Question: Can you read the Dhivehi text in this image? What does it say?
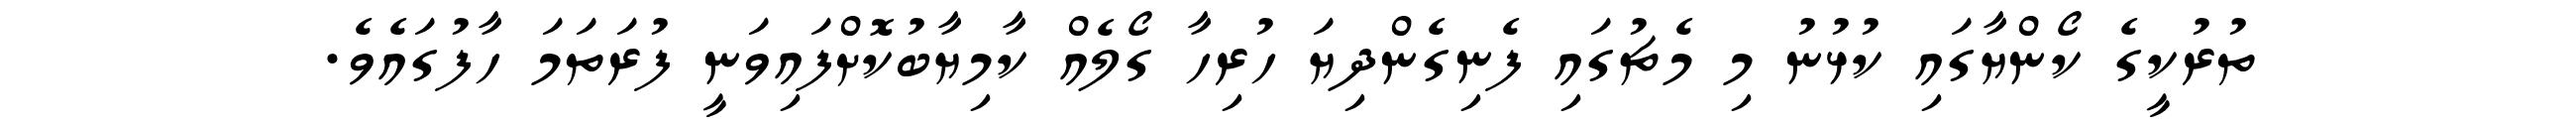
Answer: ތުރުކީގެ ކޯންޔާގައި ކުޅުނު މި މެޗުގައި ފެނިގެންދިޔަ ހުރިހާ ގޯލެއް ކާމިޔާބުކޮށްފައިވަނީ ފުރަތަމަ ހާފުގައެވެ.